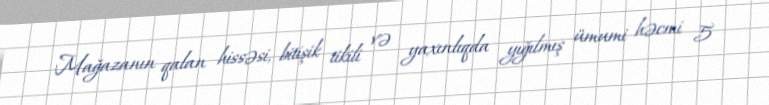
Mağazanın qalan hissəsi, bitişik tikili və yaxınlıqda yığılmış ümumi həcmi 5